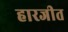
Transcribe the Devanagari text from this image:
हारजीत